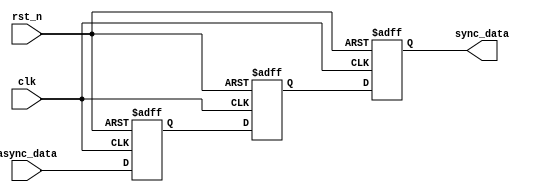
module ms_ff_synchronizer (
    input wire clk,          // Clock signal
    input wire rst_n,       // Active low reset signal
    input wire async_data,   // Asynchronous input data
    output reg sync_data     // Synchronized output data
);

    // Internal signals for master and slave flip-flops
    reg master_ff;
    reg slave_ff;

    // Master Flip-Flop: Captures async_data on falling edge of clk
    always @(negedge clk or negedge rst_n) begin
        if (!rst_n) begin
            master_ff <= 1'b0; // Reset master flip-flop
        end else begin
            master_ff <= async_data; // Capture async_data
        end
    end

    // Slave Flip-Flop: Captures master_ff on rising edge of clk
    always @(posedge clk or negedge rst_n) begin
        if (!rst_n) begin
            slave_ff <= 1'b0; // Reset slave flip-flop
        end else begin
            slave_ff <= master_ff; // Capture master output
        end
    end

    // Output assignment
    always @(posedge clk or negedge rst_n) begin
        if (!rst_n) begin
            sync_data <= 1'b0; // Reset synchronized output
        end else begin
            sync_data <= slave_ff; // Output synchronized data
        end
    end

endmodule